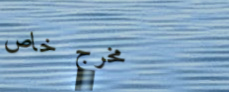
مخرج خاص